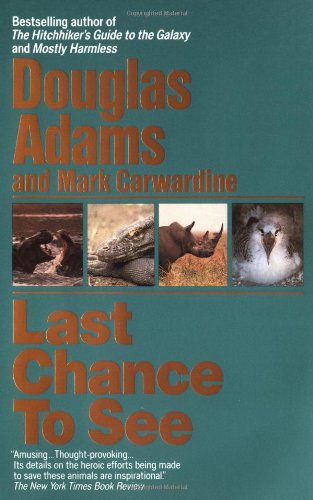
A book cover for Last Chance to See; Douglas Adams; Science & Math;